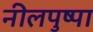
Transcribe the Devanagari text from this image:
नीलपुष्पा